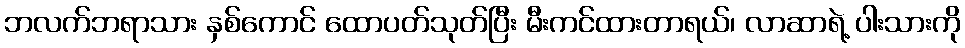
ဘလက်ဘရာသား နှစ်ကောင် ထောပတ်သုတ်ပြီး မီးကင်ထားတာရယ်၊ လာဆာရဲ့ ပါးသားကို